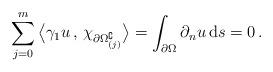
LaTeX: \begin{align*} \sum_{j=0}^m \big\langle \gamma_{1}u \,,\, \chi_{\partial \Omega^\complement_{(j)}} \big\rangle = \int_{\partial\Omega} \partial_n u\, \mathrm{d}s = 0\,.\end{align*}